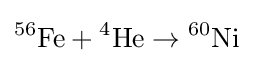
{}^{56}{\textrm {Fe}}+{}^{4}{\textrm {He}}\rightarrow {}^{60}{\textrm {Ni}}